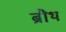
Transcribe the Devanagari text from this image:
ब्रौथ